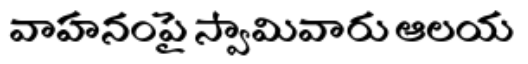
వాహనంపై స్వామివారు ఆలయ